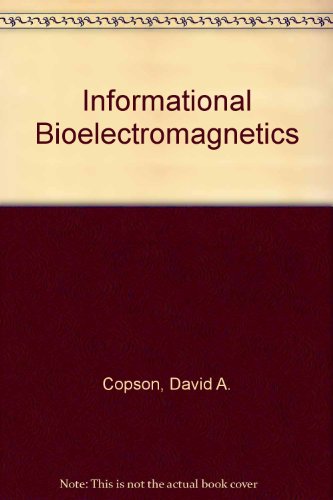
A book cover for Informational Bioelectromagnetics; David A. Copson; Science & Math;